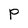
Character: P